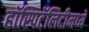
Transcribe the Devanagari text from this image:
हॉस्पिटॅलिटीमध्ये